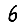
Digit: 6